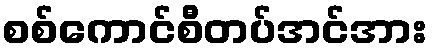
စစ်ကောင်စီတပ်အင်အား